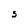
Character: S